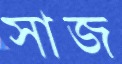
সাজ